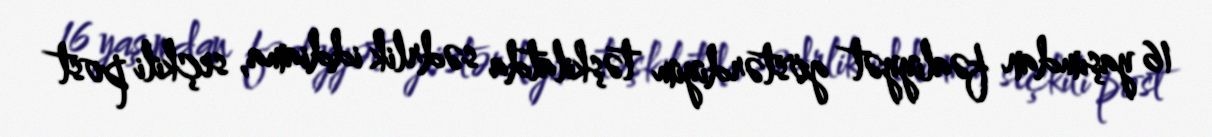
16 yaşımdan fəaliyyət göstərdiyim təşkilatda sədrlik iddiama, seçkili post